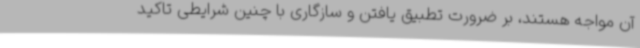
آن مواجه هستند، بر ضرورت تطبیق یافتن و سازگاری با چنین شرایطی تاکید